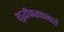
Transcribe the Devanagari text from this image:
शुद्धीकरणामध्ये